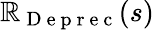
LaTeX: \mathbb{R}_{\mathrm{{~D~e~p~r~e~c~}}}(s)